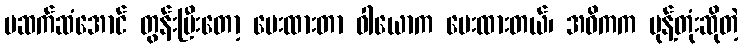
မဆက်ဆံအောင် တွန်းပြီးတော့ ပေးထားတာ ဝါယောက ပေးထားတယ်၊ အဓိကက မုန့်တုံးဆိုတဲ့